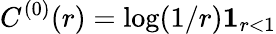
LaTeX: C^{(0)}(r)=\log(1/r)\mathbf 1_{r<1}